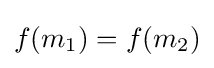
f(m_{1})=f(m_{2})